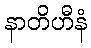
နာတိဟီနံ